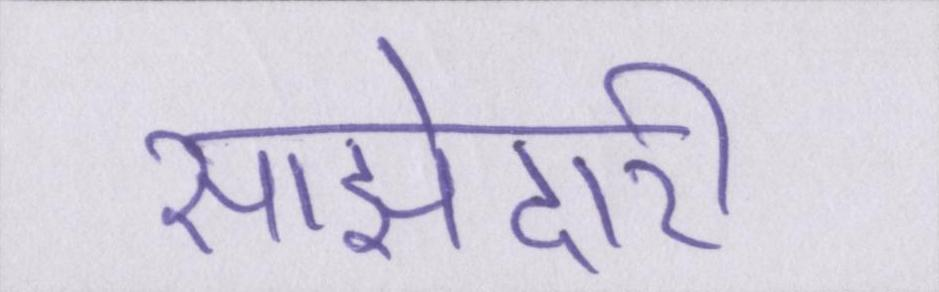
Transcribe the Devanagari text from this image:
साझेदारी